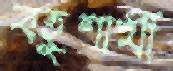
বহুশাখী